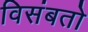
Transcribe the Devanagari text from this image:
विसंबतो